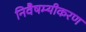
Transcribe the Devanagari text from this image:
निवैषम्यीकरण